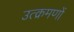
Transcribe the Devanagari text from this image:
उत्क्रमणों